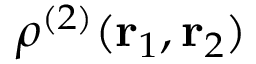
\rho ^ { ( 2 ) } ( { \bf r } _ { 1 } , { \bf r } _ { 2 } )